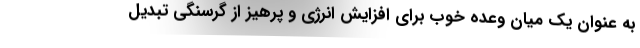
به عنوان یک میان وعده خوب برای افزایش انرژی و پرهیز از گرسنگی تبدیل